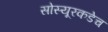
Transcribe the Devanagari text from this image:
सोस्यूरकडेच